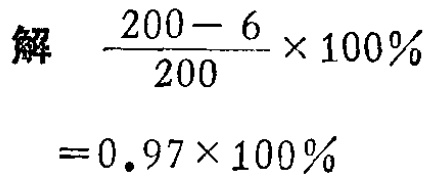
解 \(\frac{200 - 6}{200}×100\% = 0.97×100\%\)